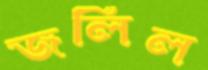
জলিল